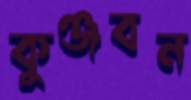
কুঞ্জবন